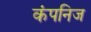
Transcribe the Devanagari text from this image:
कंपनिज